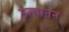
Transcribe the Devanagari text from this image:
उत्पातन